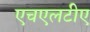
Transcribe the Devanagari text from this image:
एचएलटीए